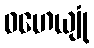
ဝဟေယျုံ